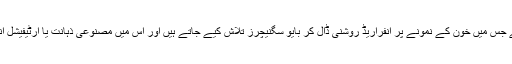
یہ ٹیسٹ کم خرچ ہے اور آسان ہے جس میں خون کے نمونے پر انفراریڈ روشنی ڈال کر بایو سگنیچرز تلاش کیے جاتے ہیں اور اس میں مصنوعی ذہانت یا آرٹیفیشل انٹیلی جنس کا استعمال کیا جاتا ہے۔